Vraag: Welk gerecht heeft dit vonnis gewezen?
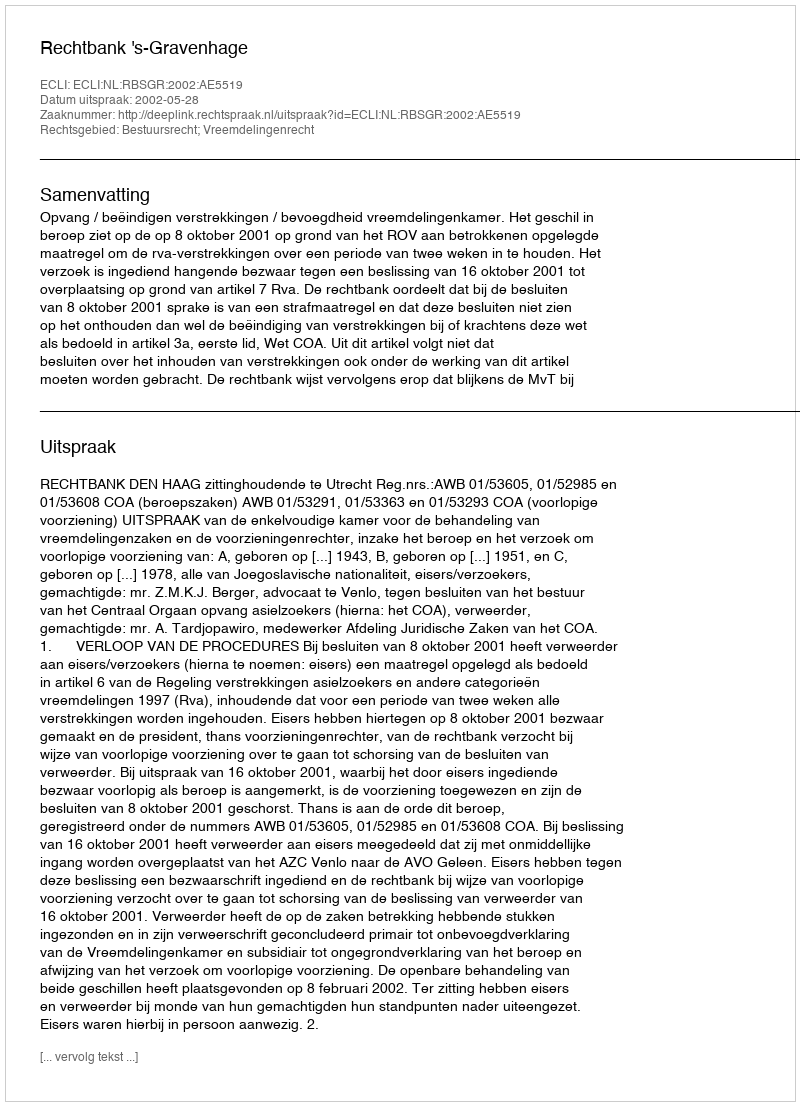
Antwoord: Rechtbank 's-Gravenhage